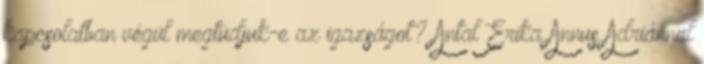
kapcsolatban végül megtudjuk-e az igazságot? Antal Erika Annus Adriánnal